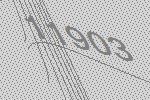
11903